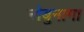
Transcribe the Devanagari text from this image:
नोबुनागा